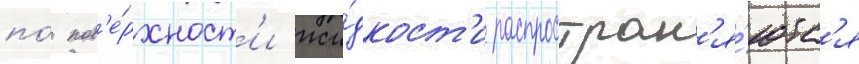
по́ пов'е́рхност'и жи́дкост'и распростран'я́ютс'я